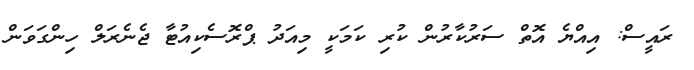
ރައީސް: އިއްޔެ އޮތް ސަރުކާރުން ކުރި ކަމަކީ މިއަދު ޕްރޮސެކިއުޓާ ޖެނެރަލް ހިންގަވަން